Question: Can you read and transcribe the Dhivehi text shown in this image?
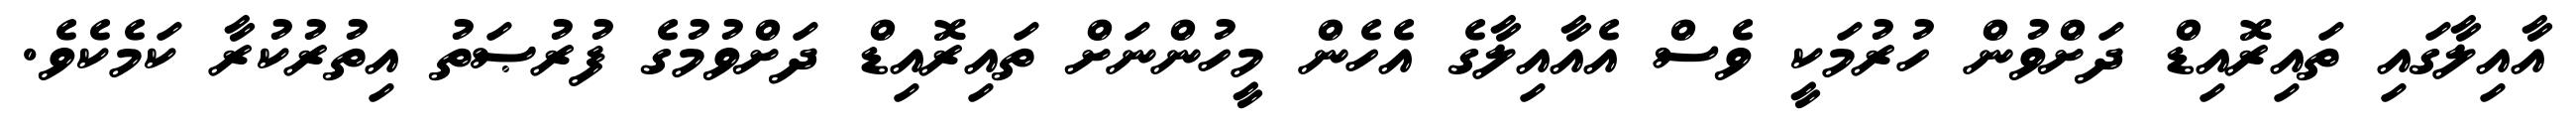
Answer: އާއިލާގައި ތައިރޮއިޑް ދަށްވުން ހުރުމަކީ ވެސް އެއާއިލާގެ އެހެން މީހުންނަށް ތައިރޮއިޑް ދަށްވުމުގެ ފުރުޞަތު އިތުރުކުރާ ކަމެކެވެ.